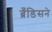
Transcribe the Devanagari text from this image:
ब्रँडिसने